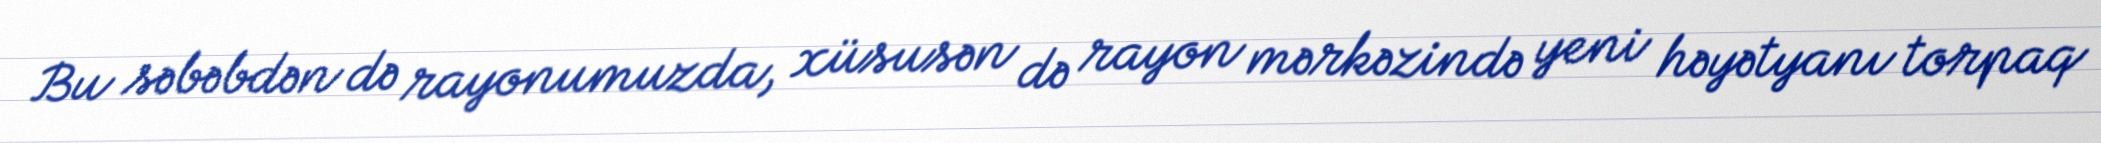
Bu səbəbdən də rayonumuzda, xüsusən də rayon mərkəzində yeni həyətyanı torpaq